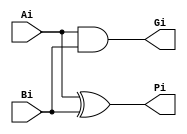
module EntryBox(Ai, Bi, Pi, Gi);
  
  input Ai, Bi;
  output Pi, Gi;
  
  wire Pi, Gi;
  
  xor(Pi, Ai, Bi);
  and(Gi, Ai, Bi);
  
endmodule